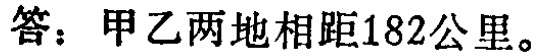
答：甲乙两地相距182公里。